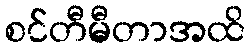
စင်တီမီတာအထိ